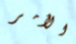
الأمر